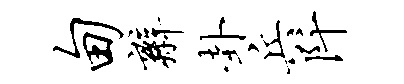
甸辫卦兵阡